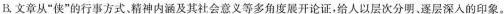
B.文章从”使”的行事方式、精神内涵及其社会意义等多角度展开论证，给人以层次分明。逐层深入的印象。